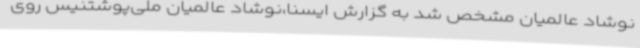
نوشاد عالمیان مشخص شد به گزارش ایسنا،نوشاد عالمیان ملی‌پوشتنیس روی